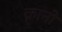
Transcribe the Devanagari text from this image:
क़ानों